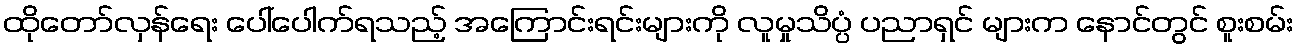
ထိုတော်လှန်ရေး ပေါ်ပေါက်ရသည့် အကြောင်းရင်းများကို လူမှုသိပ္ပံ ပညာရှင် များက နောင်တွင် စူးစမ်း